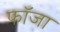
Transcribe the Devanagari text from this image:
फॉजा